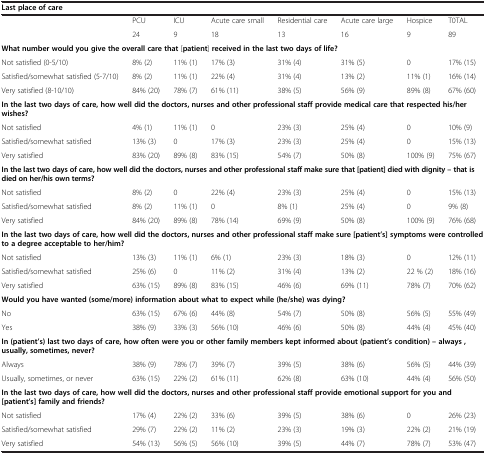
<table><thead><tr><td colspan="8"><b>Last place of care</b></td></tr></thead><tbody><tr><td> </td><td>PCU</td><td>ICU</td><td>Acute care small</td><td>Residential care</td><td>Acute care large</td><td>Hospice</td><td>T0TAL</td></tr><tr><td> </td><td>24</td><td>9</td><td>18</td><td>13</td><td>16</td><td>9</td><td>89</td></tr><tr><td colspan="8"><b>What number would you give the overall care that</b> [<b>patient</b>] <b>received in the last two days of life?</b></td></tr><tr><td>Not satisfied (0-5/10)</td><td>8% (2)</td><td>11% (1)</td><td>17% (3)</td><td>31% (4)</td><td>31% (5)</td><td>0</td><td>17% (15)</td></tr><tr><td>Satisfied/somewhat satisfied (5-7/10)</td><td>8% (2)</td><td>11% (1)</td><td>22% (4)</td><td>31% (4)</td><td>13% (2)</td><td>11% (1)</td><td>16% (14)</td></tr><tr><td>Very satisfied (8-10/10)</td><td>84% (20)</td><td>78% (7)</td><td>61% (11)</td><td>38% (5)</td><td>56% (9)</td><td>89% (8)</td><td>67% (60)</td></tr><tr><td colspan="8"><b>In the last two days of care, how well did the doctors, nurses and other professional staff provide medical care that respected his/her wishes?</b></td></tr><tr><td>Not satisfied</td><td>4% (1)</td><td>11% (1)</td><td>0</td><td>23% (3)</td><td>25% (4)</td><td>0</td><td>10% (9)</td></tr><tr><td>Satisfied/somewhat satisfied</td><td>13% (3)</td><td>0</td><td>17% (3)</td><td>23% (3)</td><td>25% (4)</td><td>0</td><td>15% (13)</td></tr><tr><td>Very satisfied</td><td>83% (20)</td><td>89% (8)</td><td>83% (15)</td><td>54% (7)</td><td>50% (8)</td><td>100% (9)</td><td>75% (67)</td></tr><tr><td colspan="8"><b>In the last two days of care, how well did the doctors, nurses and other professional staff make sure that [patient] died with dignity – that is died on her/his own terms?</b></td></tr><tr><td>Not satisfied</td><td>8% (2)</td><td>0</td><td>22% (4)</td><td>23% (3)</td><td>25% (4)</td><td>0</td><td>15% (13)</td></tr><tr><td>Satisfied/somewhat satisfied</td><td>8% (2)</td><td>11% (1)</td><td>0</td><td>8% (1)</td><td>25% (4)</td><td>0</td><td>9% (8)</td></tr><tr><td>Very satisfied</td><td>84% (20)</td><td>89% (8)</td><td>78% (14)</td><td>69% (9)</td><td>50% (8)</td><td>100% (9)</td><td>76% (68)</td></tr><tr><td colspan="8"><b>In the last two days of care, how well did the doctors, nurses and other professional staff make sure [patient’s] symptoms were controlled to a degree acceptable to her/him?</b></td></tr><tr><td>Not satisfied</td><td>13% (3)</td><td>11% (1)</td><td>6% (1)</td><td>23% (3)</td><td>18% (3)</td><td>0</td><td>12% (11)</td></tr><tr><td>Satisfied/somewhat satisfied</td><td>25% (6)</td><td>0</td><td>11% (2)</td><td>31% (4)</td><td>13% (2)</td><td>22 % (2)</td><td>18% (16)</td></tr><tr><td>Very satisfied</td><td>63% (15)</td><td>89% (8)</td><td>83% (15)</td><td>46% (6)</td><td>69% (11)</td><td>78% (7)</td><td>70% (62)</td></tr><tr><td colspan="8"><b>Would you have wanted (some/more) information about what to expect while (he/she) was dying?</b></td></tr><tr><td>No</td><td>63% (15)</td><td>67% (6)</td><td>44% (8)</td><td>54% (7)</td><td>50% (8)</td><td>56% (5)</td><td>55% (49)</td></tr><tr><td>Yes</td><td>38% (9)</td><td>33% (3)</td><td>56% (10)</td><td>46% (6)</td><td>50% (8)</td><td>44% (4)</td><td>45% (40)</td></tr><tr><td colspan="8"><b>In (patient’s) last two days of care, how often were you or other family members kept informed about (patient’s condition) – always , usually, sometimes, never? </b></td></tr><tr><td>Always</td><td>38% (9)</td><td>78% (7)</td><td>39% (7)</td><td>39% (5)</td><td>38% (6)</td><td>56% (5)</td><td>44% (39)</td></tr><tr><td>Usually, sometimes, or never</td><td>63% (15)</td><td>22% (2)</td><td>61% (11)</td><td>62% (8)</td><td>63% (10)</td><td>44% (4)</td><td>56% (50)</td></tr><tr><td colspan="8"><b>In the last two days of care, how well did the doctors, nurses and other professional staff provide emotional support for you and [patient’s] family and friends?</b></td></tr><tr><td>Not satisfied</td><td>17% (4)</td><td>22% (2)</td><td>33% (6)</td><td>39% (5)</td><td>38% (6)</td><td>0</td><td>26% (23)</td></tr><tr><td>Satisfied/somewhat satisfied</td><td>29% (7)</td><td>22% (2)</td><td>11% (2)</td><td>23% (3)</td><td>19% (3)</td><td>22% (2)</td><td>21% (19)</td></tr><tr><td>Very satisfied</td><td>54% (13)</td><td>56% (5)</td><td>56% (10)</td><td>39% (5)</td><td>44% (7)</td><td>78% (7)</td><td>53% (47)</td></tr></tbody></table>